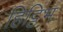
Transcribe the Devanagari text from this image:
हिट्टिभ